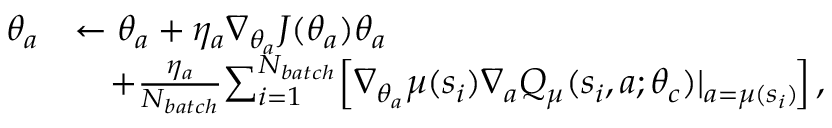
\begin{array} { r l } { \theta _ { a } } & { \leftarrow \theta _ { a } + \eta _ { a } \nabla _ { \theta _ { a } } J ( \theta _ { a } ) \theta _ { a } } \\ & { \quad + \frac { \eta _ { a } } { N _ { b a t c h } } \! \sum _ { i = 1 } ^ { N _ { b a t c h } } \! \left[ \nabla _ { \theta _ { a } } \mu ( s _ { i } ) \nabla _ { a } { { Q } } _ { \mu } ( s _ { i } , a ; \theta _ { c } ) | _ { a = \mu ( s _ { i } ) } \! \right] , } \end{array}